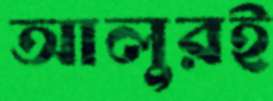
আলুরই